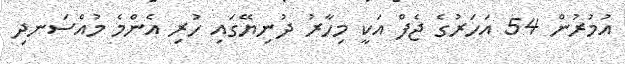
އުމުރުން 54 އަހަރުގެ ޖެފް އަކީ މިހާރު ދުނިޔޭގައި ހުރި އެންމެ މުއްސަނދި